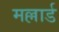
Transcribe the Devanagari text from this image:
मल्लार्ड